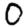
Digit: 0